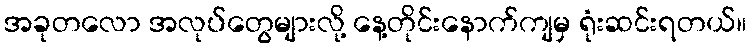
အခုတလော အလုပ်တွေများလို့ နေ့တိုင်းနောက်ကျမှ ရုံးဆင်းရတယ်။